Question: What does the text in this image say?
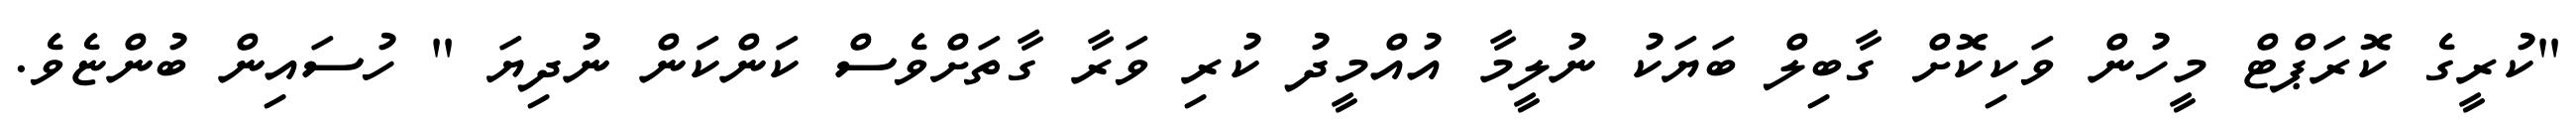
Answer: "ކުރީގެ ކޮރަޕްޓް މީހުން ވަކިކޮށް ގާބިލް ބަޔަކު ނުލީމާ އުއްމީދު ކުރި ވަރާ ގާތަށްވެސް ކަންކަން ނުދިޔަ " ހުސައިން ބުންޏެވެ.